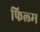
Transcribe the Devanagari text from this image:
फिल्‍म्‍ा